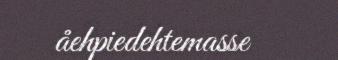
åehpiedehtemasse